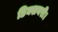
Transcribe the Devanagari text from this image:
डिक्शनरी।